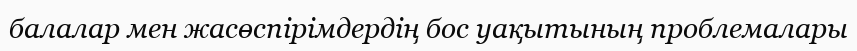
балалар мен жасөспірімдердің бос уақытының проблемалары